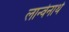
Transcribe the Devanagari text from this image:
लान्वेनार्थ